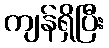
ကျန်ရှိပြီး